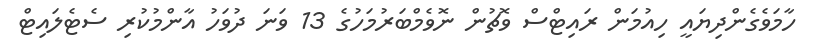
ހާމަވެގެންދިޔައީ ހިއުމަން ރައިޓްސް ވޮޗުން ނޮވެމްބަރުމަހުގެ 13 ވަނަ ދުވަހު އާންމުކުރި ސެޓެލައިޓް